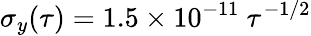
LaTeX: \sigma_{y}(\tau)=1.5\times 10^{-11}~\tau^{-1/2}